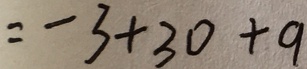
= - 3 + 3 0 + 9